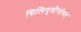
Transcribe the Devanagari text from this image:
सिलिगुडीसोबत